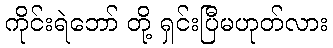
ကိုင်းရဲဘော် တို့ ရှင်းပြီမဟုတ်လား